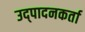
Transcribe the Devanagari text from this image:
उद्पादनकर्ता